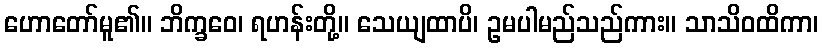
ဟောတော်မူ၏။ ဘိက္ခဝေ၊ ရဟန်းတို့။ သေယျထာပိ၊ ဥမပါမည်သည်ကား။ သာသိဝထိကာ၊